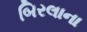
બિરલાના